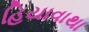
હિયાવાથા